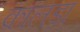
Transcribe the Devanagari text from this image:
कालड़ा